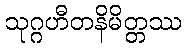
သုဂ္ဂဟီတနိမိတ္တဿ